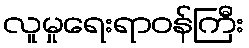
လူမှုရေးရာဝန်ကြီး